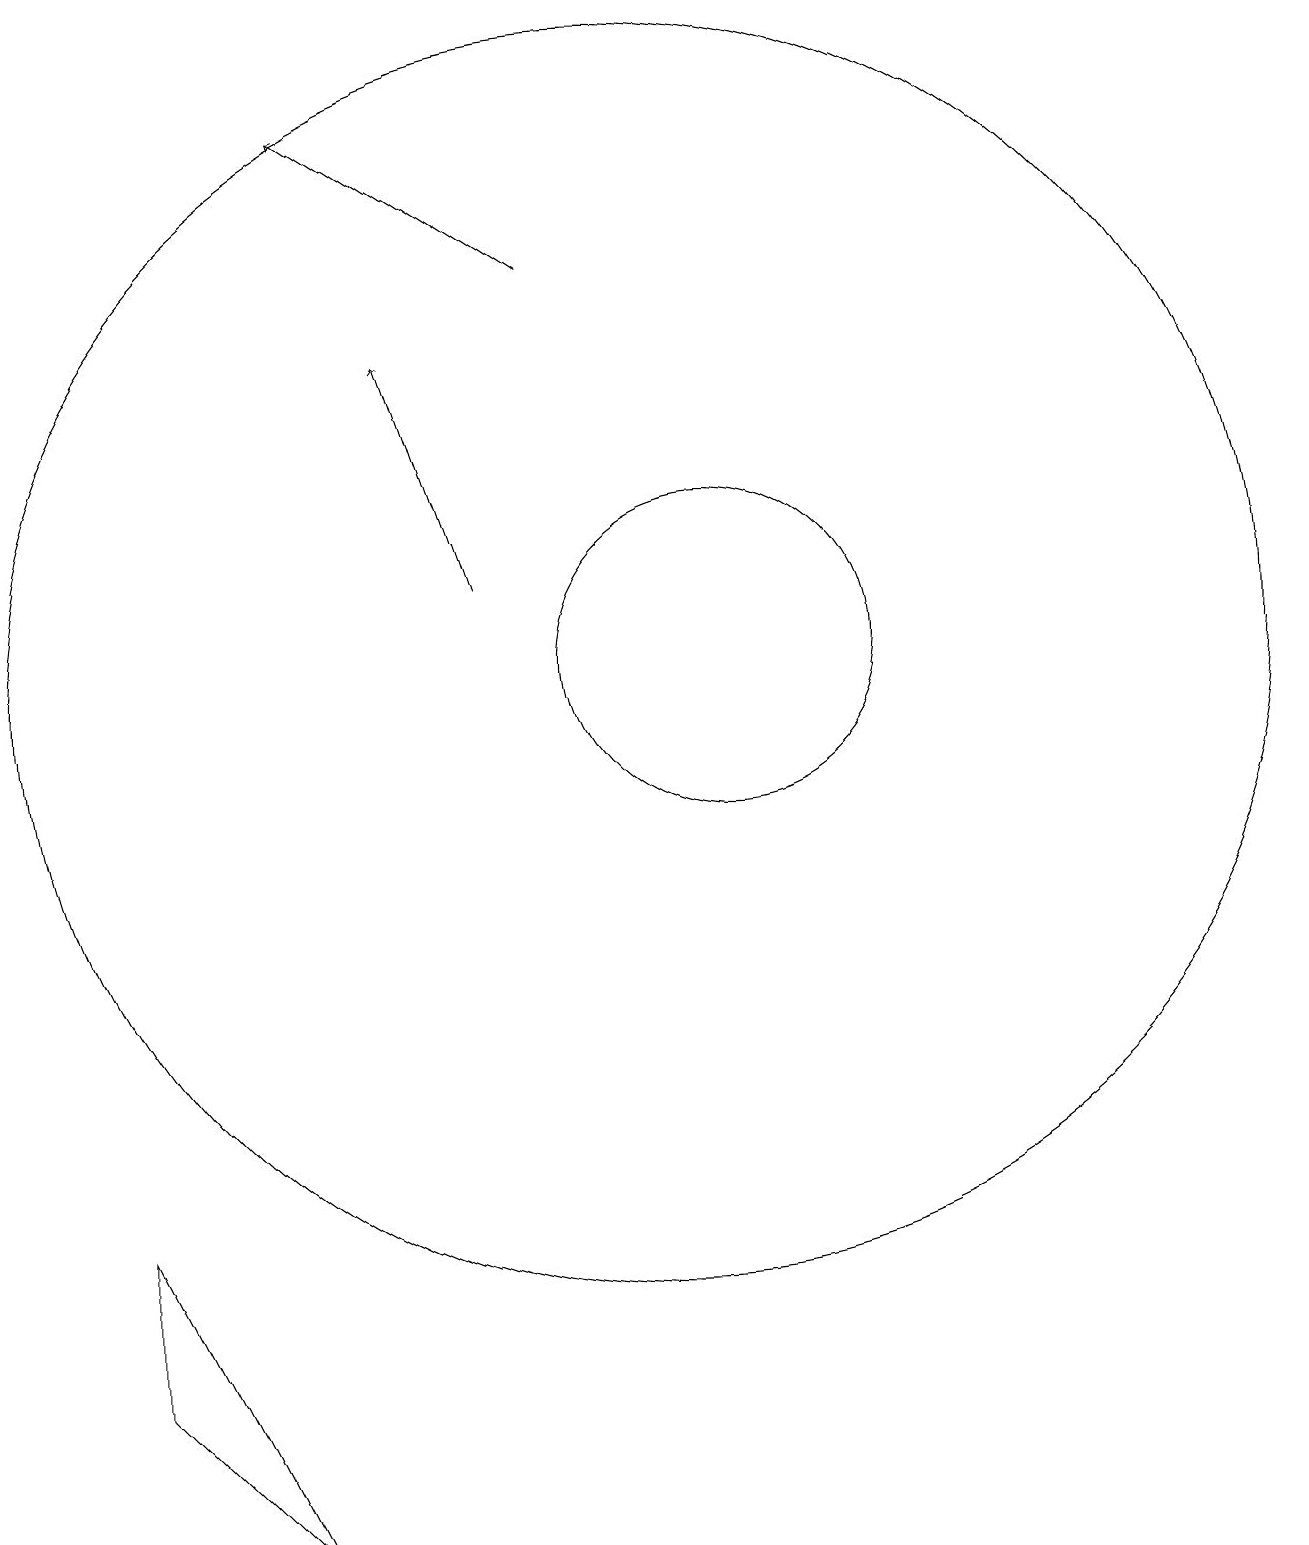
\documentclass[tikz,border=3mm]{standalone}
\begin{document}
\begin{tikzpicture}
\draw (10,12) circle (8);
\draw[->] (9,17) -- (6,19);
\draw (11,12) circle (2);
\draw (5,1) -- (3,3) -- (3,5) -- cycle;
\draw[->] (8,13) -- (7,16);
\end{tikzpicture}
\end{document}